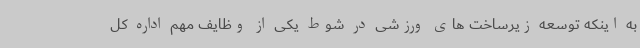
به اینکه توسعه زیرساخت های ورزشی در شوط یکی از وظایف مهم اداره کل